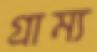
গ্রাম্য